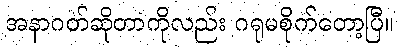
အနာဂတ်ဆိုတာကိုလည်း ဂရုမစိုက်တော့ပြီ။